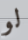
لو